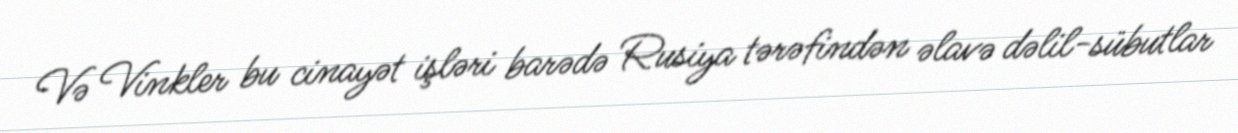
Və Vinkler bu cinayət işləri barədə Rusiya tərəfindən əlavə dəlil-sübutlar